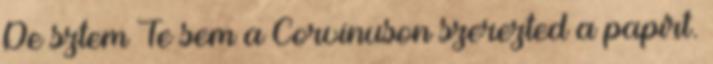
De sztem Te sem a Corvinuson szerezted a papírt.